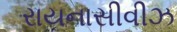
રાયનાસીવીઝ